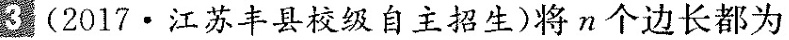
3(2017·江苏丰县校级自主招生)将n个边长都为